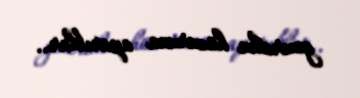
generalın hüzuruna aparıblar..